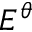
E ^ { \theta }